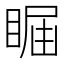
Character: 𥇤